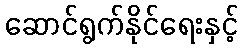
ဆောင်ရွက်နိုင်ရေးနှင့်